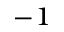
^ { - 1 }